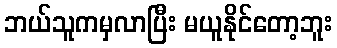
ဘယ်သူကမှလာပြီး မယူနိုင်တော့ဘူး